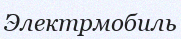
Электрмобиль